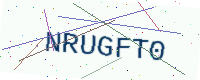
Text: NRUGFT0